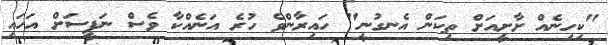
"ކިހިނެއް ށާށީއަށް ތިކަން އެނގުނީ" ހައިރާންވެ ހުރެ އަނެއްކާ ވެސް ނަފީސަށް އަހައި